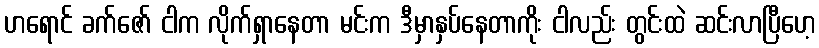
ဟရောင် ခက်ဇော် ငါက လိုက်ရှာနေတာ မင်းက ဒီမှာနှပ်နေတာကိုး ငါလည်း တွင်းထဲ ဆင်းလာပြီဟေ့